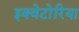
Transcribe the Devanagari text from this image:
इक्वेटोरिया